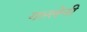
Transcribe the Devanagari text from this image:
गल्लेनी